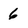
Character: 6